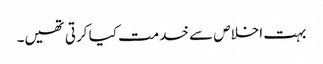
بہت اخلاص سے خدمت کیا کرتی تھیں۔